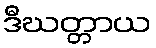
ဒီဃတ္တာယ